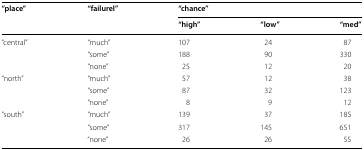
<table><thead><tr><td rowspan="2"><b>“place”</b></td><td rowspan="2"><b>“failurel”</b></td><td colspan="3"><b>“chance”</b></td></tr><tr><td><b>“high”</b></td><td><b>“low”</b></td><td><b>“med”</b></td></tr></thead><tbody><tr><td>“central”</td><td>“much”</td><td>107</td><td>24</td><td>87</td></tr><tr><td></td><td>“some”</td><td>188</td><td>90</td><td>330</td></tr><tr><td></td><td>“none”</td><td>25</td><td>12</td><td>20</td></tr><tr><td>“north”</td><td>“much”</td><td>57</td><td>12</td><td>38</td></tr><tr><td></td><td>“some”</td><td>87</td><td>32</td><td>123</td></tr><tr><td></td><td>“none”</td><td>8</td><td>9</td><td>12</td></tr><tr><td>“south”</td><td>“much”</td><td>139</td><td>37</td><td>185</td></tr><tr><td></td><td>“some”</td><td>317</td><td>145</td><td>651</td></tr><tr><td></td><td>“none”</td><td>26</td><td>26</td><td>55</td></tr></tbody></table>